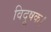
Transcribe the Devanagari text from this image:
विदूषक।